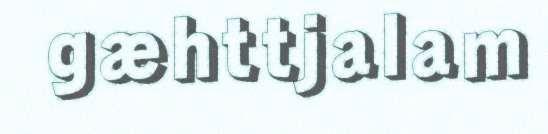
gæhttjalam